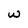
Character: w